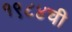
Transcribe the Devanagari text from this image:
१९८४ची